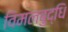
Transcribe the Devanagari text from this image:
विमलबुद्धि